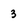
Character: 3